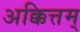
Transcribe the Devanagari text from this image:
अक्कित्तम्